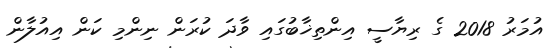
އުމަރު 2018 ގެ ރިޔާސީ އިންތިޚާބުގައި ވާދަ ކުރަން ނިންމި ކަން އިއުލާން